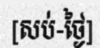
[សប់-ថ្ងៃ]